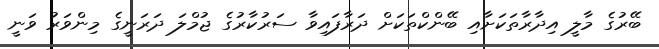
ބޭރުގެ މާލީ އިދާރާތަކަށާއި ބޭންކްތަކަށް ދަރާފައިވާ ސަރުކާރުގެ ޖުމްލަ ދަރަނީގެ މިންވަރު ވަނީ